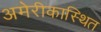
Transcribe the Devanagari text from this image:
अमेरीकास्थित